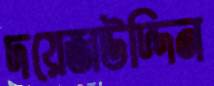
দয়েজউদ্দিন